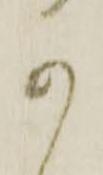
か